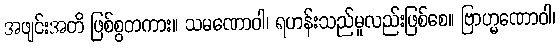
အဖျင်းအတိ ဖြစ်စွတကား။ သမဏောဝါ၊ ရဟန်းသည်မူလည်းဖြစ်စေ။ ဗြာဟ္မဏောဝါ၊